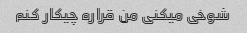
شوخی میکنی من قراره چیکار کنم